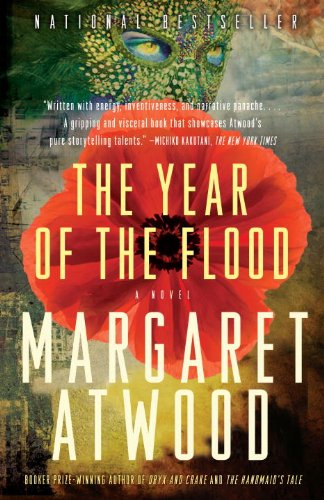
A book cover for The Year of the Flood; Margaret Atwood; Science Fiction & Fantasy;